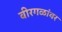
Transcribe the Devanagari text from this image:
वीरगळांवर